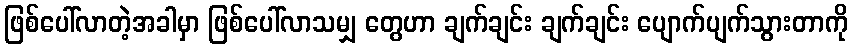
ဖြစ်ပေါ်လာတဲ့အခါမှာ ဖြစ်ပေါ်လာသမျှ တွေဟာ ချက်ချင်း ချက်ချင်း ပျောက်ပျက်သွားတာကို